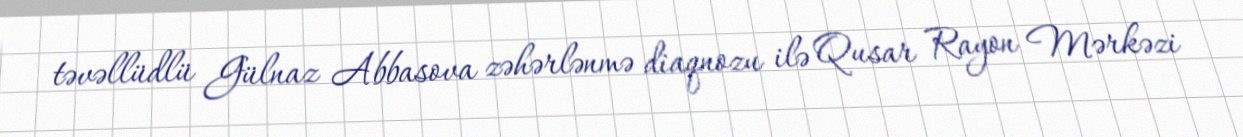
təvəllüdlü Gülnaz Abbasova zəhərlənmə diaqnozu ilə Qusar Rayon Mərkəzi